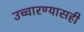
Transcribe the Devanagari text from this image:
उच्चारण्यासही